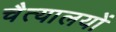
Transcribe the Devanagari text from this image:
चैत्यालयों